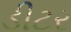
ડીટર